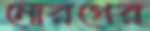
নোরগের